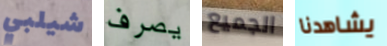
شيلبي يصرف الجميع يشاهدنا